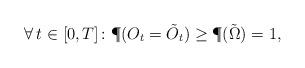
LaTeX: \begin{align*} \forall \, t \in [0,T] \colon \P( O_t = \tilde{O}_t ) \geq \P( \tilde{\Omega} ) = 1 ,\end{align*}